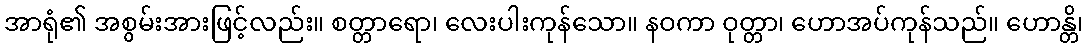
အာရုံ၏ အစွမ်းအားဖြင့်လည်း။ စတ္တာရော၊ လေးပါးကုန်သော။ နဝကာ ဝုတ္တာ၊ ဟောအပ်ကုန်သည်။ ဟောန္တိ၊